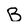
Character: B